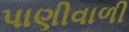
પાણીવાળી